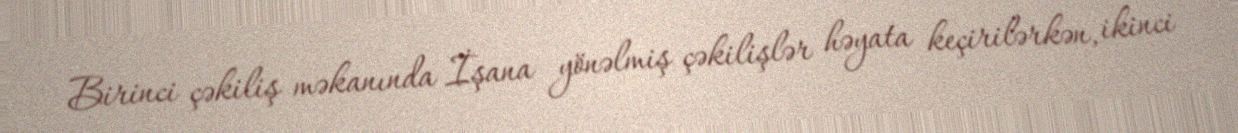
Birinci çəkiliş məkanında İşana yönəlmiş çəkilişlər həyata keçirilərkən, ikinci